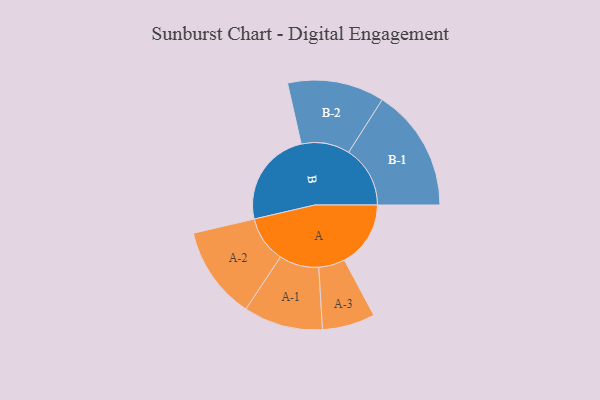
{"axis": {"x": "Segment", "y": "Value"}, "legend": ["", "A", "B"], "data": [{"x": "A", "y": 294, "type": ""}, {"x": "B", "y": 429, "type": ""}, {"x": "A-1", "y": 176, "type": "A"}, {"x": "A-2", "y": 206, "type": "A"}, {"x": "A-3", "y": 117, "type": "A"}, {"x": "B-1", "y": 273, "type": "B"}, {"x": "B-2", "y": 215, "type": "B"}]}